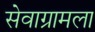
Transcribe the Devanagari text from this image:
सेवाग्रामला